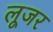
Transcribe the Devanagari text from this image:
लूजर